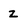
Character: z